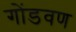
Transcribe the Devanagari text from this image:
गोंडवण